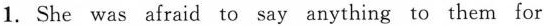
1. She was afraid to say anything to them for